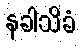
နခါသိခံ